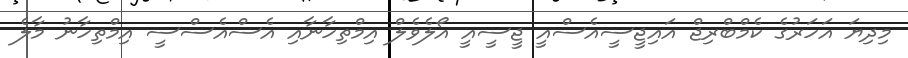
މިދިޔަ އަހަރުގެ ކެމްބްރިޖް އައިޖީސީއެސްއީ ޖީސީއީ އޯލެވެލް އިމްތިހާނާއި އެސްއެސްސީ އިމްތިހާނު މާލެ